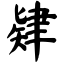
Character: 肄